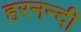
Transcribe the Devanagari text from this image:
हरनन्दी